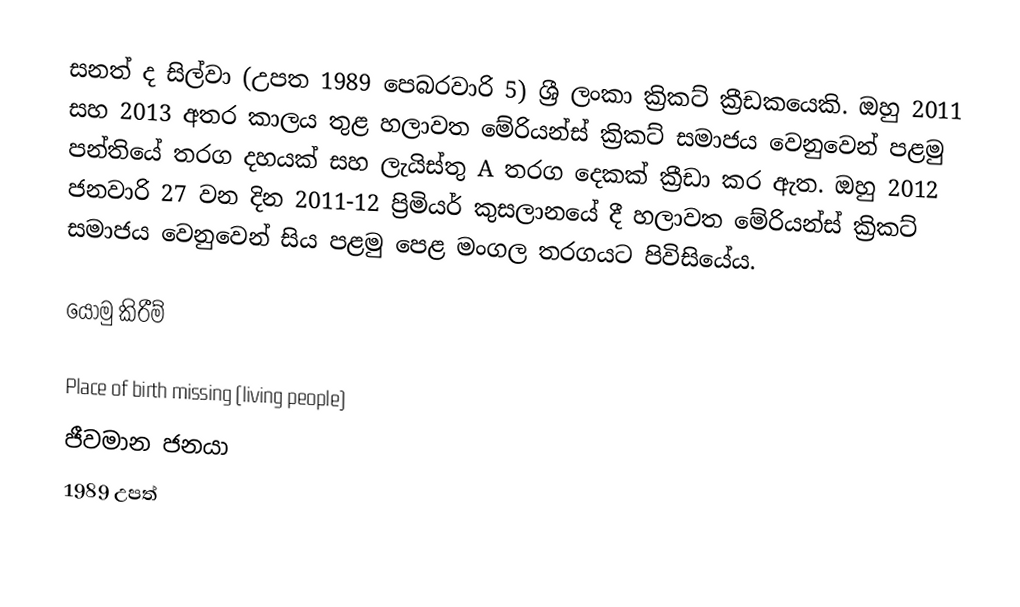
සනත් ද සිල්වා (උපත 1989 පෙබරවාරි 5) ශ්‍රී ලංකා ක්‍රිකට් ක්‍රීඩකයෙකි. ඔහු 2011 සහ 2013 අතර කාලය තුළ හලාවත මේරියන්ස් ක්‍රිකට් සමාජය වෙනුවෙන් පළමු පන්තියේ තරග දහයක් සහ ලැයිස්තු A තරග දෙකක් ක්‍රීඩා කර ඇත. ඔහු 2012 ජනවාරි 27 වන දින 2011-12 ප්‍රිමියර් කුසලානයේ දී හලාවත මේරියන්ස් ක්‍රිකට් සමාජය වෙනුවෙන් සිය පළමු පෙළ මංගල තරගයට පිවිසියේය.

යොමු කිරීම්

Place of birth missing (living people)
ජීවමාන ජනයා
1989 උපත්